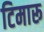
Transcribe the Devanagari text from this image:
टिमारू